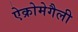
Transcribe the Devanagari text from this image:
ऐक्रोमेगैली